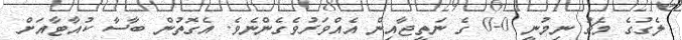
ލެގުގެ މެޗު ނިމުނީ 0-0 ގެ ނަތީޖާއިން އެއްވަރުވެގެންނެވެ. އެގޮތުން ބާސާ ކުއާޓާއަށް